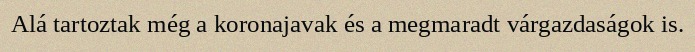
Alá tartoztak még a koronajavak és a megmaradt várgazdaságok is.